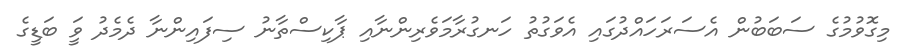
މިގޮވުމުގެ ސަބަބުން އެސަރަހައްދުގައި އެވަގުތު ހަނގުރާމަވެރިންނާއި ޕާކިސްތާނު ސިފައިންނާ ދެމެދު ވަީ ބަޑީގެ